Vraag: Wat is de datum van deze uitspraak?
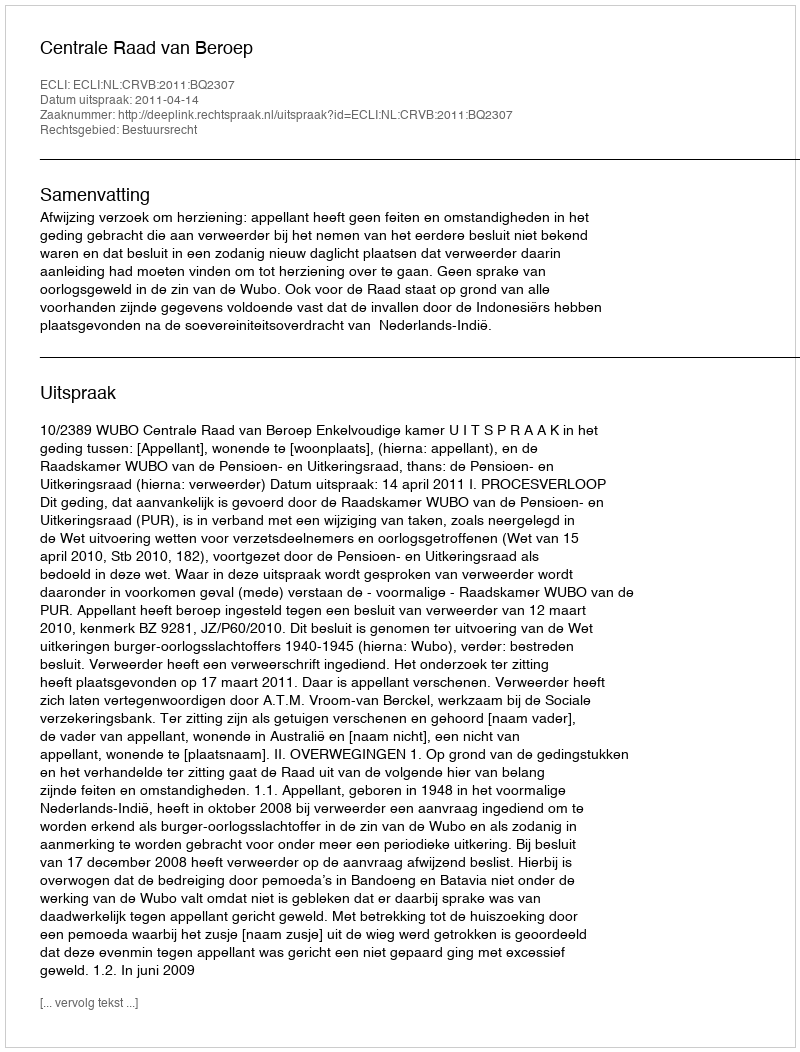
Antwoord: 2011-04-14